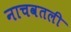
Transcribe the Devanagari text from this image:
नाचवतली